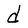
Character: d